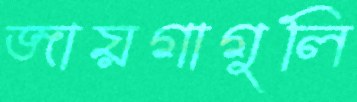
জায়গাগুলি